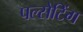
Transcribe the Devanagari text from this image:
पल्सेटिंग